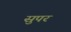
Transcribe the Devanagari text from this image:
सुपर